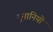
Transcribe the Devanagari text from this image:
यूनानियो